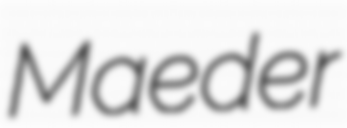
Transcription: Maeder